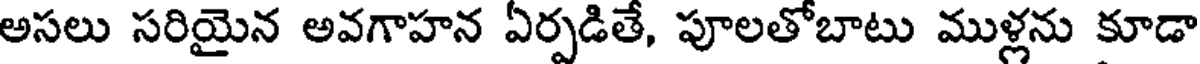
అసలు సరియైన అవగాహన ఏర్పడితే, పూలతోబాటు ముళ్లను కూడా